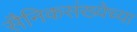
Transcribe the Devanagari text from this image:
सैनिकसंख्येच्या